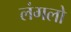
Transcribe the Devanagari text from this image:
लंगलो